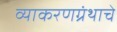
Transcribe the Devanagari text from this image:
व्याकरणग्रंथाचे